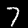
Digit: 7